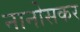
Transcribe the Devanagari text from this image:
नानोसकर